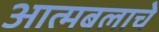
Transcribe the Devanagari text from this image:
आत्मबलाचे